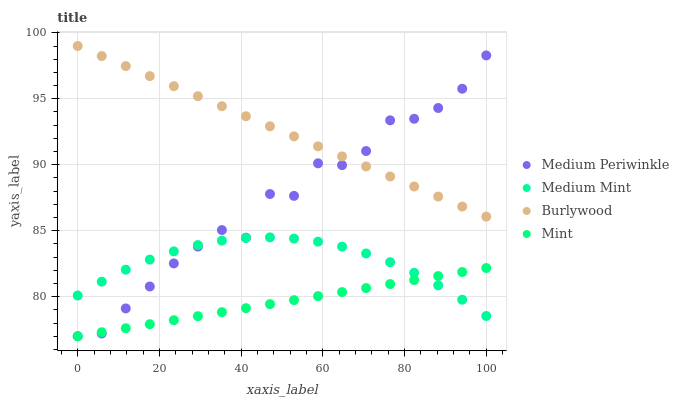
| xaxis_label | Medium Periwinkle | Medium Mint | Burlywood | Mint |
 | --- | --- | --- | --- | --- |
 | 0 | 77 | 80.1 | 99 | 77 |
 | 5.88 | 77.2 | 81.1 | 98.2 | 77.3 |
 | 11.8 | 79.1 | 82 | 97.5 | 77.6 |
 | 17.6 | 80.8 | 82.8 | 96.7 | 77.9 |
 | 23.5 | 82.5 | 83.4 | 96 | 78.2 |
 | 29.4 | 83.8 | 83.9 | 95.2 | 78.5 |
 | 35.3 | 85.1 | 84.3 | 94.4 | 78.8 |
 | 41.2 | 84.5 | 84.4 | 93.7 | 79.1 |
 | 47.1 | 87.8 | 84.5 | 92.9 | 79.4 |
 | 52.9 | 87.6 | 84.4 | 92.2 | 79.7 |
 | 58.8 | 90.1 | 84.2 | 91.4 | 80 |
 | 64.7 | 90 | 83.8 | 90.6 | 80.3 |
 | 70.6 | 91 | 83.3 | 89.9 | 80.7 |
 | 76.5 | 93.4 | 82.6 | 89.1 | 81 |
 | 82.4 | 93.5 | 81.8 | 88.4 | 81.3 |
 | 88.2 | 94.3 | 80.9 | 87.6 | 81.6 |
 | 94.1 | 95.8 | 79.8 | 86.8 | 81.9 |
 | 100 | 98.3 | 78.5 | 86.1 | 82.2 |